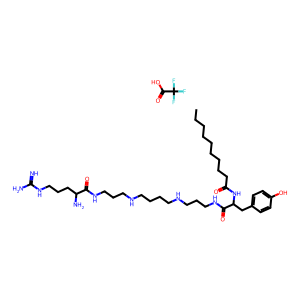
SMILES: CCCCCCCCCC(=O)NC(Cc1ccc(O)cc1)C(=O)NCCCNCCCCNCCCNC(=O)C(N)CCCNC(=N)N.O=C(O)C(F)(F)F
Inhibits HIV replication: No